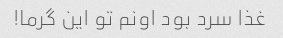
غذا سرد بود اونم تو این گرما!